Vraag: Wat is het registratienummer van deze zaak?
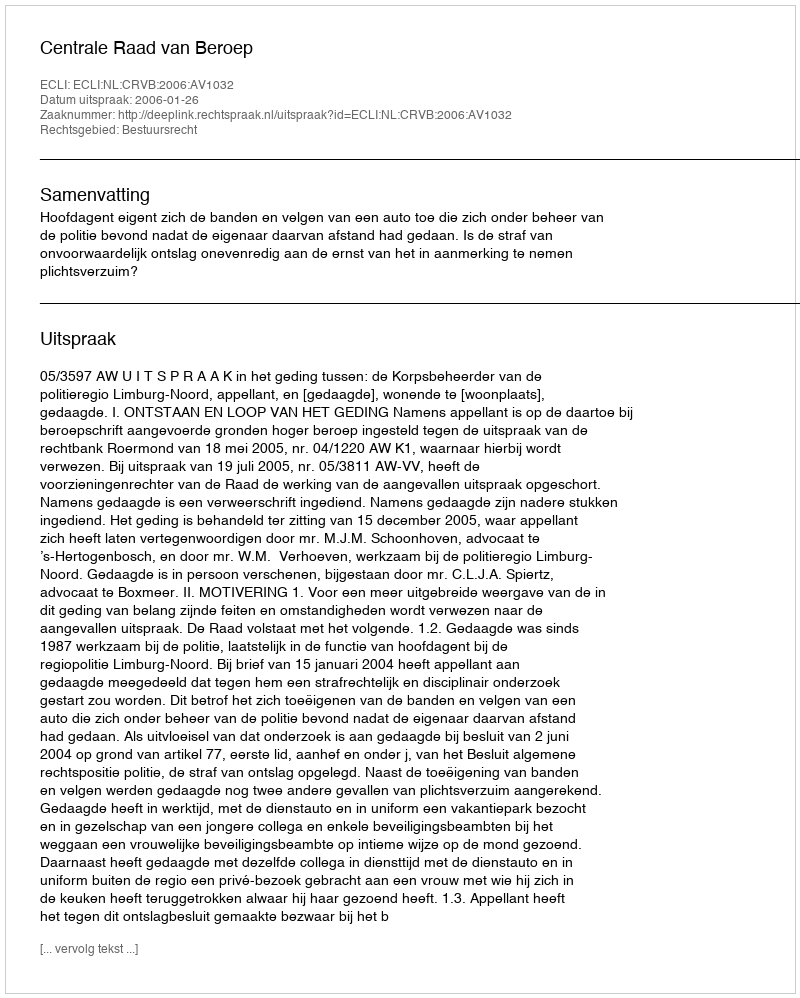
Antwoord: http://deeplink.rechtspraak.nl/uitspraak?id=ECLI:NL:CRVB:2006:AV1032